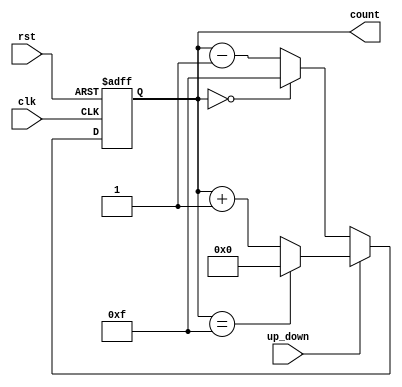
module up_down_counter (
    input wire clk,              // Clock input
    input wire rst,              // Asynchronous reset
    input wire up_down,          // Control signal for counting direction (1 = up, 0 = down)
    output reg [3:0] count       // 4-bit counter output
);

    // Define a maximum value for a 4-bit counter
    localparam MAX_COUNT = 4'b1111;

    // Sequential logic for the counter
    always @(posedge clk or posedge rst) begin
        if (rst) begin
            count <= 4'b0000;      // Reset the counter to 0
        end else begin
            if (up_down) begin
                // Count up logic
                if (count == MAX_COUNT) begin
                    count <= 4'b0000; // Wrap around to 0
                end else begin
                    count <= count + 1; // Increment the count
                end
            end else begin
                // Count down logic
                if (count == 4'b0000) begin
                    count <= MAX_COUNT; // Wrap around to MAX_COUNT
                end else begin
                    count <= count - 1; // Decrement the count
                end
            end
        end
    end

endmodule